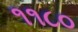
૧૧૮૦